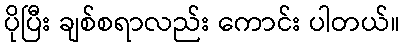
ပိုပြီး ချစ်စရာလည်း ကောင်း ပါတယ်။